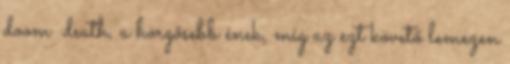
doom death, a hörgősebb ének, míg az ezt követő lemezen